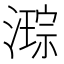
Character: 𭲙